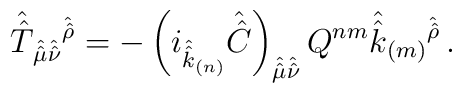
\hat{\hat{T}}_{\hat{\hat{\mu}}\hat{\hat{\nu}}}{}^{\hat{\hat{\rho}}}= -\left(i_{\hat{\hat{k}}_{(n)}}\hat{\hat{C}}\right)_{\hat{\hat{\mu}}\hat{\hat{\nu}}} Q^{nm}\hat{\hat{k}}_{(m)}{}^{\hat{\hat{\rho}}}\, .